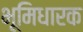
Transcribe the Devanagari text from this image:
भूमिधारक